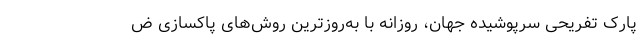
پارک تفریحی سرپوشیده جهان، روزانه با به‌روزترین روش‌های پاکسازی ض